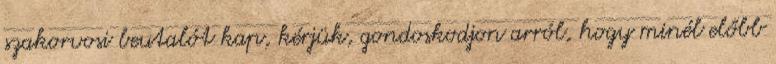
szakorvosi beutalót kap, kérjük, gondoskodjon arról, hogy minél előbb